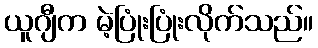
ယူဂျီက မဲ့ပြုံးပြုံးလိုက်သည်။